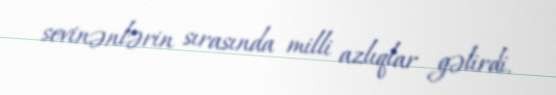
sevinənlərin sırasında milli azlıqlar gəlirdi.